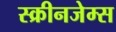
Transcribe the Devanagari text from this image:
स्क्रीनजेम्स